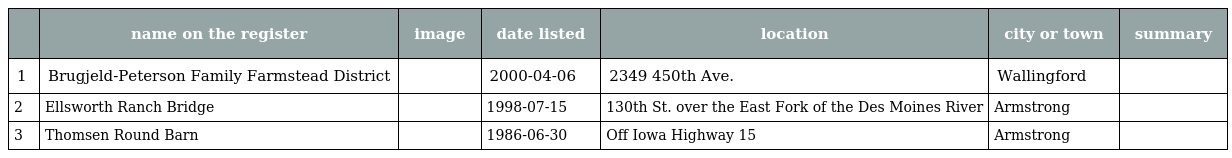
|  | name on the register | image | date listed | location | city or town | summary |
 | --- | --- | --- | --- | --- | --- | --- |
 | 1 | Brugjeld-Peterson Family Farmstead District |  | 2000-04-06 | 2349 450th Ave. | Wallingford |  |
 | 2 | Ellsworth Ranch Bridge |  | 1998-07-15 | 130th St. over the East Fork of the Des Moines River | Armstrong |  |
 | 3 | Thomsen Round Barn |  | 1986-06-30 | Off Iowa Highway 15 | Armstrong |  |